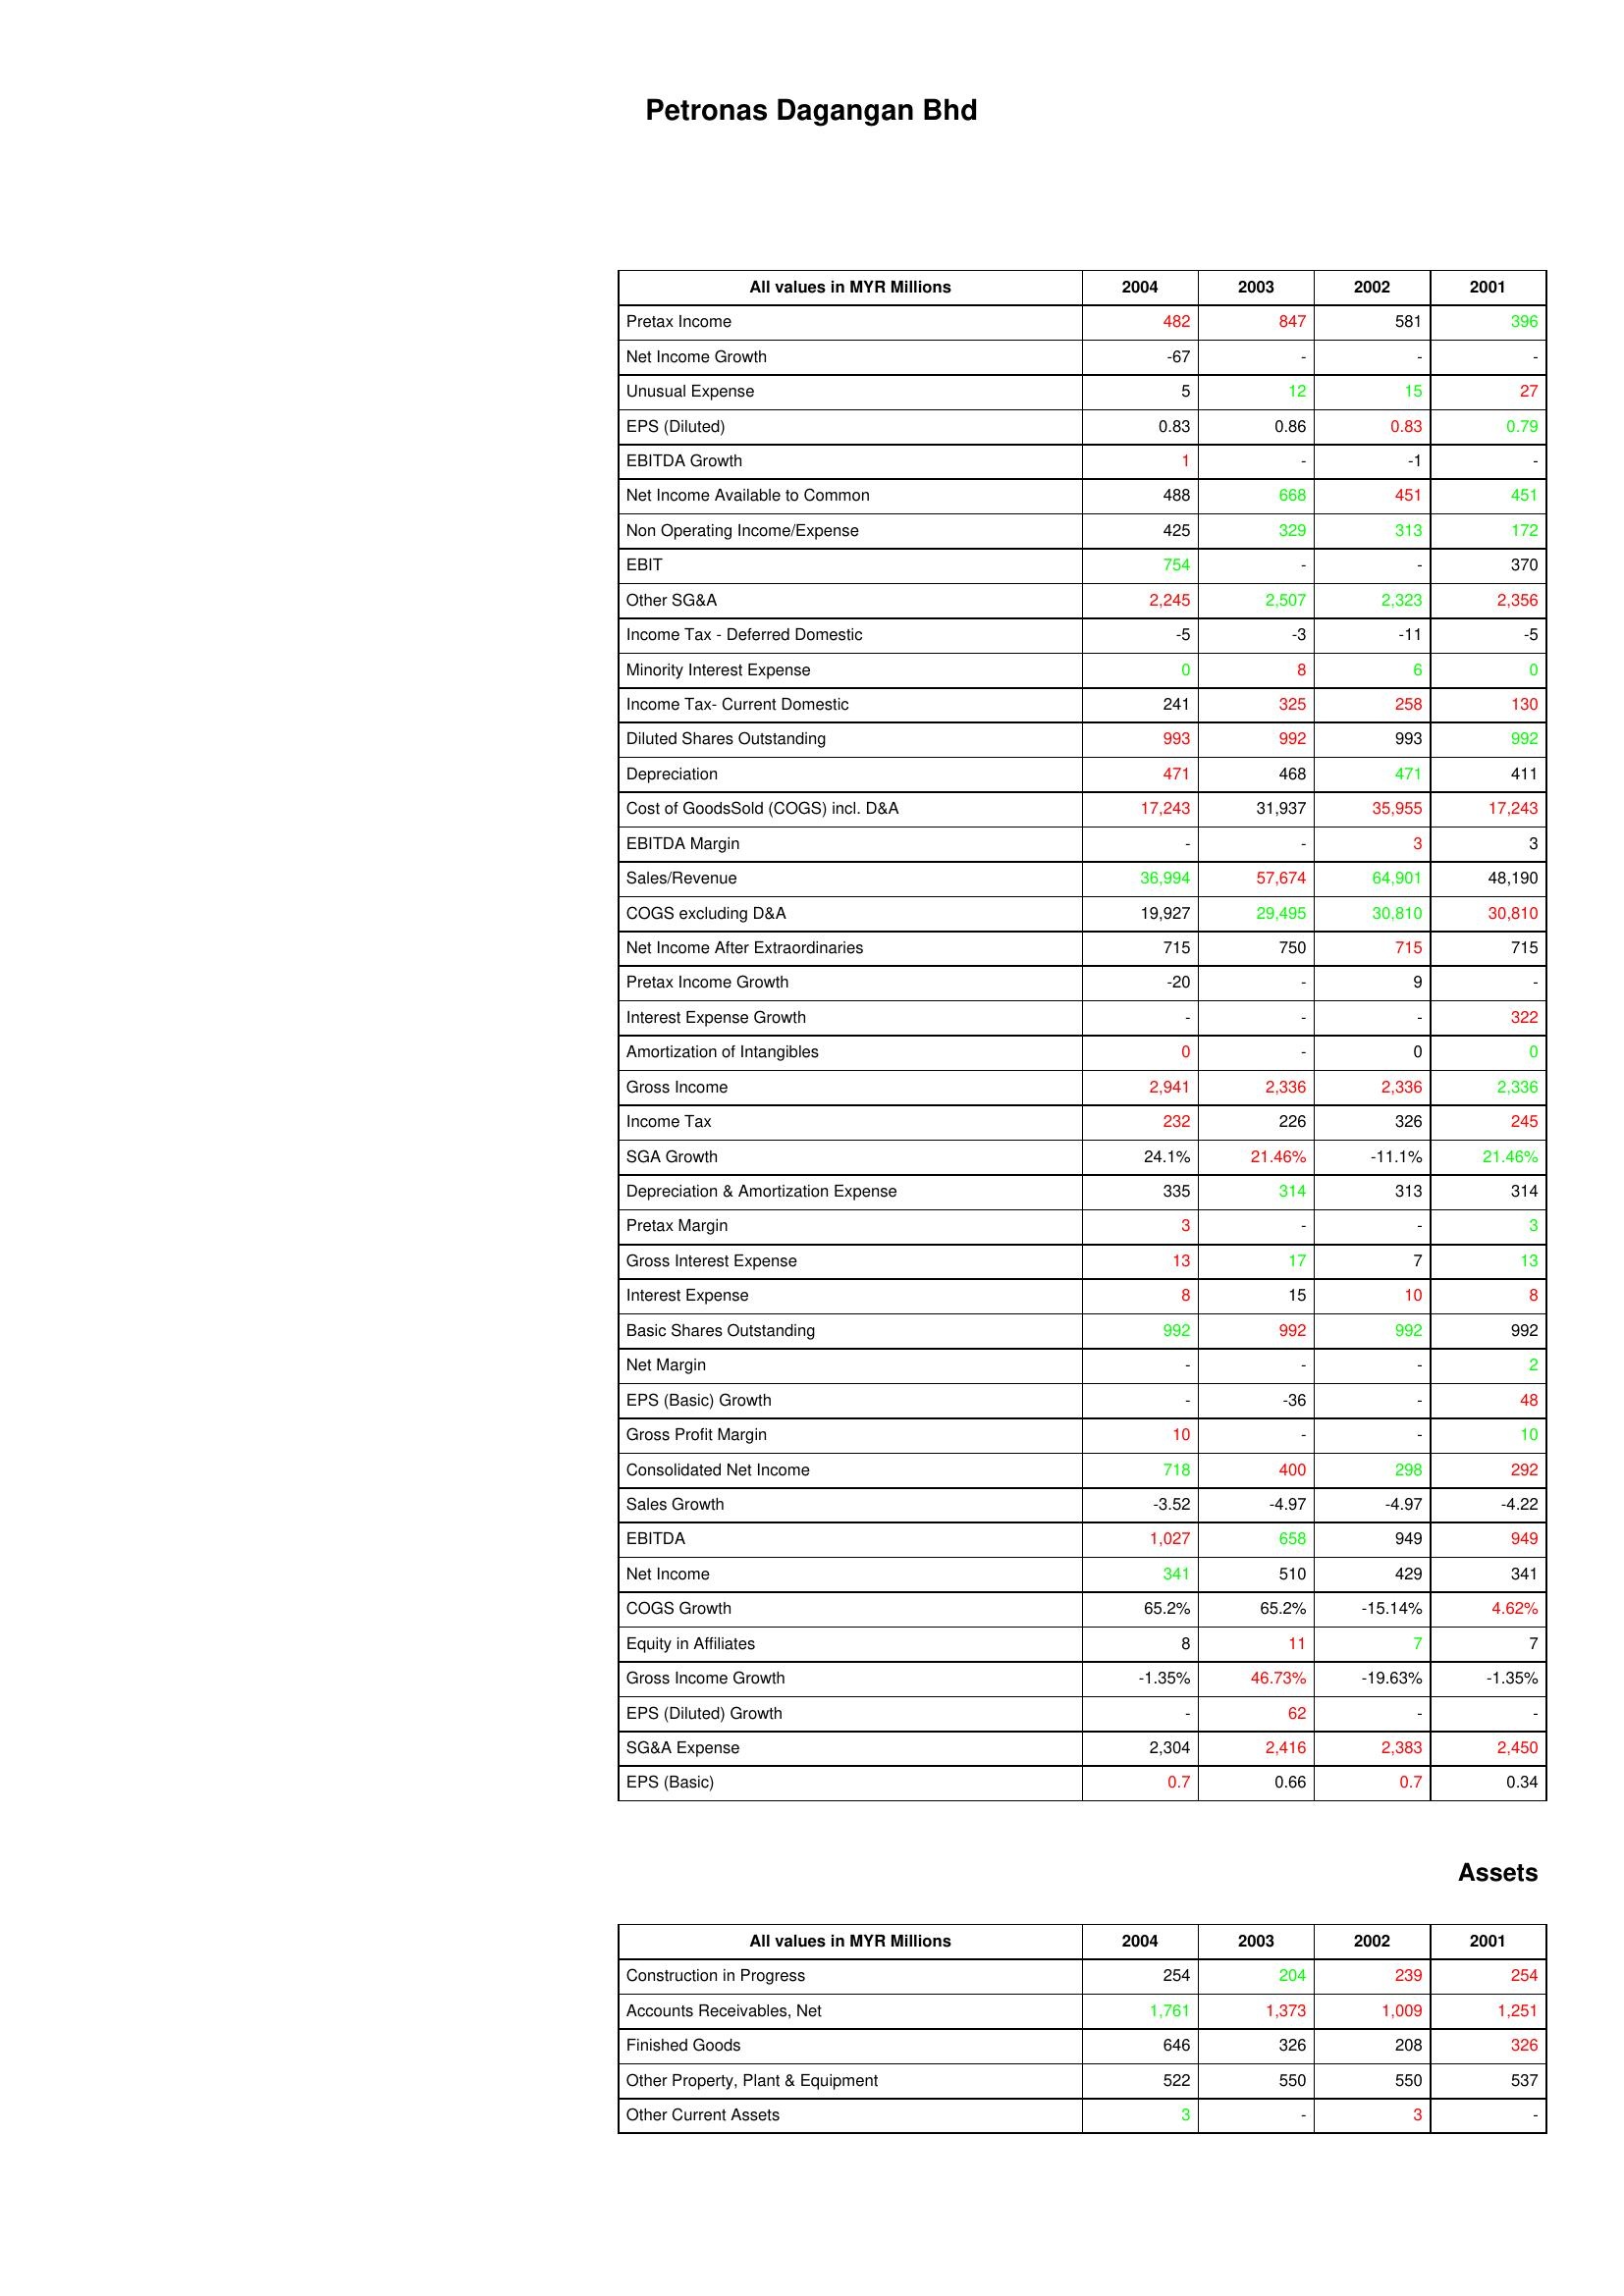
gt_parse: 2004: : Pretax Income: 482
Net Income Growth: -67
Unusual Expense: 5
EPS (Diluted): 0.83
EBITDA Growth: 1
Net Income Available to Common: 488
Non Operating Income/Expense: 425
EBIT: 754
Other SG&A: 2,245
Income Tax - Deferred Domestic: -5
Minority Interest Expense: 0
Income Tax- Current Domestic: 241
Diluted Shares Outstanding: 993
Depreciation: 471
Cost of GoodsSold (COGS) incl. D&A: 17,243
EBITDA Margin: -
Sales/Revenue: 36,994
COGS excluding D&A: 19,927
Net Income After Extraordinaries: 715
Pretax Income Growth: -20
Interest Expense Growth: -
Amortization of Intangibles: 0
Gross Income: 2,941
Income Tax: 232
SGA Growth: 24.1%
Depreciation & Amortization Expense: 335
Pretax Margin: 3
Gross Interest Expense: 13
Interest Expense: 8
Basic Shares Outstanding: 992
Net Margin: -
EPS (Basic) Growth: -
Gross Profit Margin: 10
Consolidated Net Income: 718
Sales Growth: -3.52
EBITDA: 1,027
Net Income: 341
COGS Growth: 65.2%
Equity in Affiliates: 8
Gross Income Growth: -1.35%
EPS (Diluted) Growth: -
SG&A Expense: 2,304
EPS (Basic): 0.7
Assets: Construction in Progress: 254
Accounts Receivables, Net: 1,761
Finished Goods: 646
Other Property, Plant & Equipment: 522
Other Current Assets: 3
2003: : Pretax Income: 847
Net Income Growth: -
Unusual Expense: 12
EPS (Diluted): 0.86
EBITDA Growth: -
Net Income Available to Common: 668
Non Operating Income/Expense: 329
EBIT: -
Other SG&A: 2,507
Income Tax - Deferred Domestic: -3
Minority Interest Expense: 8
Income Tax- Current Domestic: 325
Diluted Shares Outstanding: 992
Depreciation: 468
Cost of GoodsSold (COGS) incl. D&A: 31,937
EBITDA Margin: -
Sales/Revenue: 57,674
COGS excluding D&A: 29,495
Net Income After Extraordinaries: 750
Pretax Income Growth: -
Interest Expense Growth: -
Amortization of Intangibles: -
Gross Income: 2,336
Income Tax: 226
SGA Growth: 21.46%
Depreciation & Amortization Expense: 314
Pretax Margin: -
Gross Interest Expense: 17
Interest Expense: 15
Basic Shares Outstanding: 992
Net Margin: -
EPS (Basic) Growth: -36
Gross Profit Margin: -
Consolidated Net Income: 400
Sales Growth: -4.97
EBITDA: 658
Net Income: 510
COGS Growth: 65.2%
Equity in Affiliates: 11
Gross Income Growth: 46.73%
EPS (Diluted) Growth: 62
SG&A Expense: 2,416
EPS (Basic): 0.66
Assets: Construction in Progress: 204
Accounts Receivables, Net: 1,373
Finished Goods: 326
Other Property, Plant & Equipment: 550
Other Current Assets: -
2002: : Pretax Income: 581
Net Income Growth: -
Unusual Expense: 15
EPS (Diluted): 0.83
EBITDA Growth: -1
Net Income Available to Common: 451
Non Operating Income/Expense: 313
EBIT: -
Other SG&A: 2,323
Income Tax - Deferred Domestic: -11
Minority Interest Expense: 6
Income Tax- Current Domestic: 258
Diluted Shares Outstanding: 993
Depreciation: 471
Cost of GoodsSold (COGS) incl. D&A: 35,955
EBITDA Margin: 3
Sales/Revenue: 64,901
COGS excluding D&A: 30,810
Net Income After Extraordinaries: 715
Pretax Income Growth: 9
Interest Expense Growth: -
Amortization of Intangibles: 0
Gross Income: 2,336
Income Tax: 326
SGA Growth: -11.1%
Depreciation & Amortization Expense: 313
Pretax Margin: -
Gross Interest Expense: 7
Interest Expense: 10
Basic Shares Outstanding: 992
Net Margin: -
EPS (Basic) Growth: -
Gross Profit Margin: -
Consolidated Net Income: 298
Sales Growth: -4.97
EBITDA: 949
Net Income: 429
COGS Growth: -15.14%
Equity in Affiliates: 7
Gross Income Growth: -19.63%
EPS (Diluted) Growth: -
SG&A Expense: 2,383
EPS (Basic): 0.7
Assets: Construction in Progress: 239
Accounts Receivables, Net: 1,009
Finished Goods: 208
Other Property, Plant & Equipment: 550
Other Current Assets: 3
2001: : Pretax Income: 396
Net Income Growth: -
Unusual Expense: 27
EPS (Diluted): 0.79
EBITDA Growth: -
Net Income Available to Common: 451
Non Operating Income/Expense: 172
EBIT: 370
Other SG&A: 2,356
Income Tax - Deferred Domestic: -5
Minority Interest Expense: 0
Income Tax- Current Domestic: 130
Diluted Shares Outstanding: 992
Depreciation: 411
Cost of GoodsSold (COGS) incl. D&A: 17,243
EBITDA Margin: 3
Sales/Revenue: 48,190
COGS excluding D&A: 30,810
Net Income After Extraordinaries: 715
Pretax Income Growth: -
Interest Expense Growth: 322
Amortization of Intangibles: 0
Gross Income: 2,336
Income Tax: 245
SGA Growth: 21.46%
Depreciation & Amortization Expense: 314
Pretax Margin: 3
Gross Interest Expense: 13
Interest Expense: 8
Basic Shares Outstanding: 992
Net Margin: 2
EPS (Basic) Growth: 48
Gross Profit Margin: 10
Consolidated Net Income: 292
Sales Growth: -4.22
EBITDA: 949
Net Income: 341
COGS Growth: 4.62%
Equity in Affiliates: 7
Gross Income Growth: -1.35%
EPS (Diluted) Growth: -
SG&A Expense: 2,450
EPS (Basic): 0.34
Assets: Construction in Progress: 254
Accounts Receivables, Net: 1,251
Finished Goods: 326
Other Property, Plant & Equipment: 537
Other Current Assets: -